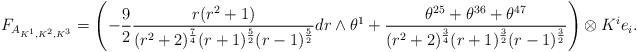
LaTeX: \begin{align*}F_{A_{K^{1},K^{2},K^{3}}}=\left(-\frac{9}{2}\frac{r(r^{2}+1)}{(r^{2}+2)^{\frac{7}{4}}(r+1)^{\frac{5}{2}}(r-1)^{\frac{5}{2}}}dr\wedge\theta^{1}+\frac{\theta^{25}+\theta^{36}+\theta^{47}}{(r^{2}+2)^{\frac{3}{4}}(r+1)^{\frac{3}{2}}(r-1)^{\frac{3}{2}}}\right)\otimes K^{i}e_{i}.\end{align*}